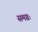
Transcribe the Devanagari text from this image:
समग्रः